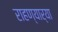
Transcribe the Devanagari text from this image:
राहण्यार्‍या